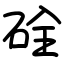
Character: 硂